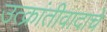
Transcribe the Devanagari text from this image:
उत्क्रांतीवादाचे